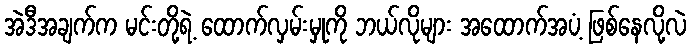
အဲဒီအချက်က မင်းတို့ရဲ့ ထောက်လှမ်းမှုကို ဘယ်လိုများ အထောက်အပံ့ ဖြစ်နေလို့လဲ